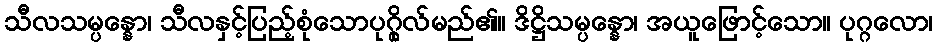
သီလသမ္ပန္နော၊ သီလနှင့်ပြည့်စုံသောပုဂ္ဂိုလ်မည်၏။ ဒိဋ္ဌိသမ္ပန္နော၊ အယူဖြောင့်သော။ ပုဂ္ဂလော၊